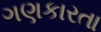
ગણકારતા